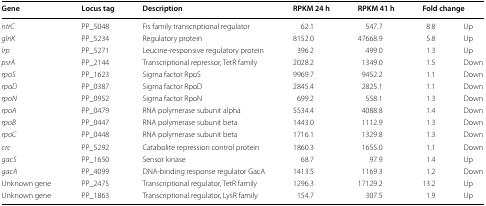
<table><thead><tr><td><b>Gene</b></td><td><b>Locus tag</b></td><td><b>Description</b></td><td><b>RPKM 24 h</b></td><td><b>RPKM 41 h</b></td><td colspan="2"><b>Fold change</b></td></tr></thead><tbody><tr><td><i>ntrC</i></td><td>PP_5048</td><td>Fis family transcriptional regulator</td><td>62.1</td><td>547.7</td><td>8.8</td><td>Up</td></tr><tr><td><i>glnK</i></td><td>PP_5234</td><td>Regulatory protein</td><td>8152.0</td><td>47668.9</td><td>5.8</td><td>Up</td></tr><tr><td><i>lrp</i></td><td>PP_5271</td><td>Leucine-responsive regulatory protein</td><td>396.2</td><td>499.0</td><td>1.3</td><td>Up</td></tr><tr><td><i>psrA</i></td><td>PP_2144</td><td>Transcriptional repressor, TetR family</td><td>2028.2</td><td>1349.0</td><td>1.5</td><td>Down</td></tr><tr><td><i>rpoS</i></td><td>PP_1623</td><td>Sigma factor RpoS</td><td>9969.7</td><td>9452.2</td><td>1.1</td><td>Down</td></tr><tr><td><i>rpoD</i></td><td>PP_0387</td><td>Sigma factor RpoD</td><td>2845.4</td><td>2825.1</td><td>1.1</td><td>Down</td></tr><tr><td><i>rpoN</i></td><td>PP_0952</td><td>Sigma factor RpoN</td><td>699.2</td><td>558.1</td><td>1.3</td><td>Down</td></tr><tr><td><i>rpoA</i></td><td>PP_0479</td><td>RNA polymerase subunit alpha</td><td>5534.4</td><td>4088.8</td><td>1.4</td><td>Down</td></tr><tr><td><i>rpoB</i></td><td>PP_0447</td><td>RNA polymerase subunit beta</td><td>1443.0</td><td>1112.9</td><td>1.3</td><td>Down</td></tr><tr><td><i>rpoC</i></td><td>PP_0448</td><td>RNA polymerase subunit beta</td><td>1716.1</td><td>1329.8</td><td>1.3</td><td>Down</td></tr><tr><td><i>crc</i></td><td>PP_5292</td><td>Catabolite repression control protein</td><td>1860.3</td><td>1655.0</td><td>1.1</td><td>Down</td></tr><tr><td><i>gacS</i></td><td>PP_1650</td><td>Sensor kinase</td><td>68.7</td><td>97.9</td><td>1.4</td><td>Up</td></tr><tr><td><i>gacA</i></td><td>PP_4099</td><td>DNA-binding response regulator GacA</td><td>1413.5</td><td>1169.3</td><td>1.2</td><td>Down</td></tr><tr><td>Unknown gene</td><td>PP_2475</td><td>Transcriptional regulator, TetR family</td><td>1296.3</td><td>17129.2</td><td>13.2</td><td>Up</td></tr><tr><td>Unknown gene</td><td>PP_1863</td><td>Transcriptional regulator, LysR family</td><td>154.7</td><td>307.5</td><td>1.9</td><td>Up</td></tr></tbody></table>